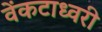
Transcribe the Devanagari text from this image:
वेंकटाध्वरी